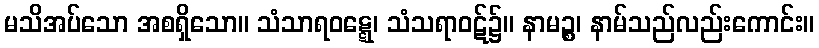
မသိအပ်သော အစရှိသော။ သံသာရဝဋ္ဋေ၊ သံသရာဝဋ်၌။ နာမဉ္စ၊ နာမ်သည်လည်းကောင်း။